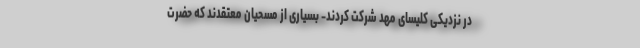
در نزدیکی کلیسای مهد شرکت کردند- بسیاری از مسحیان معتقدند که حضرت